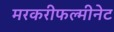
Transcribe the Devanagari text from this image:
मरकरीफल्मीनेट